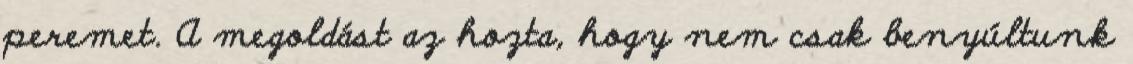
peremet. A megoldást az hozta, hogy nem csak benyúltunk